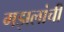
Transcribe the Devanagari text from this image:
गझलांची